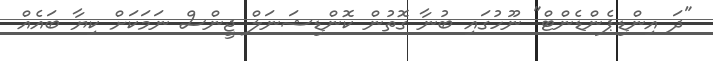
"ދަ އިންޑިޕެންޑެންޓް" ނޫހުގައި ބުނާ ގޮތުން ކޮންޑިޝަނަލް ޖީންސް ނަމަކަށް ކިޔާ ބައެއް